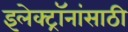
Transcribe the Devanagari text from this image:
इलेक्ट्रॉनांसाठी